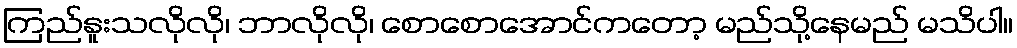
ကြည်နူးသလိုလို၊ ဘာလိုလို၊ စောစောအောင်ကတော့ မည်သို့နေမည် မသိပါ။